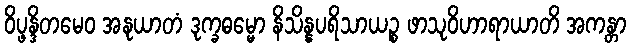
ဝိပ္ဖန္ဒိတမေဝ အနုယာတံ ဒုက္ခဓမ္မော နိသိန္နပရိသာယဉ္စ ဖာသုဝိဟာရာယာတိ အကန္တာ